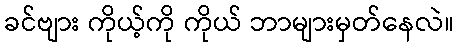
ခင်ဗျား ကိုယ့်ကို ကိုယ် ဘာများမှတ်နေလဲ။